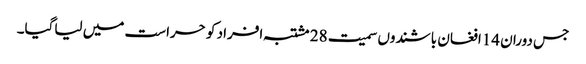
جس دوران 14افغان باشندوں سمیت 28 مشتبہ افراد کو حراست میں لیاگیا۔